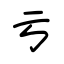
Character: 亏